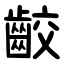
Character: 齩